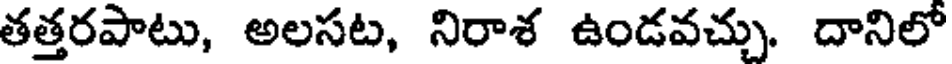
తత్తరపాటు, అలసట, నిరాశ ఉండవచ్చు. దానిలో